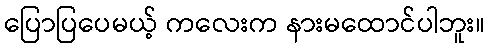
ပြောပြပေမယ့် ကလေးက နားမထောင်ပါဘူး။